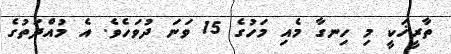
ތާރީޚަކީ މި ހިނގާ މެއި މަހުގެ 15 ވަނަ ދުވަހެވެ. އެ މުއްދަތުގެ